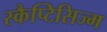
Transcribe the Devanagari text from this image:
स्कैप्टिसिज्म